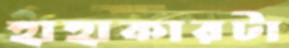
হাহাকারটা